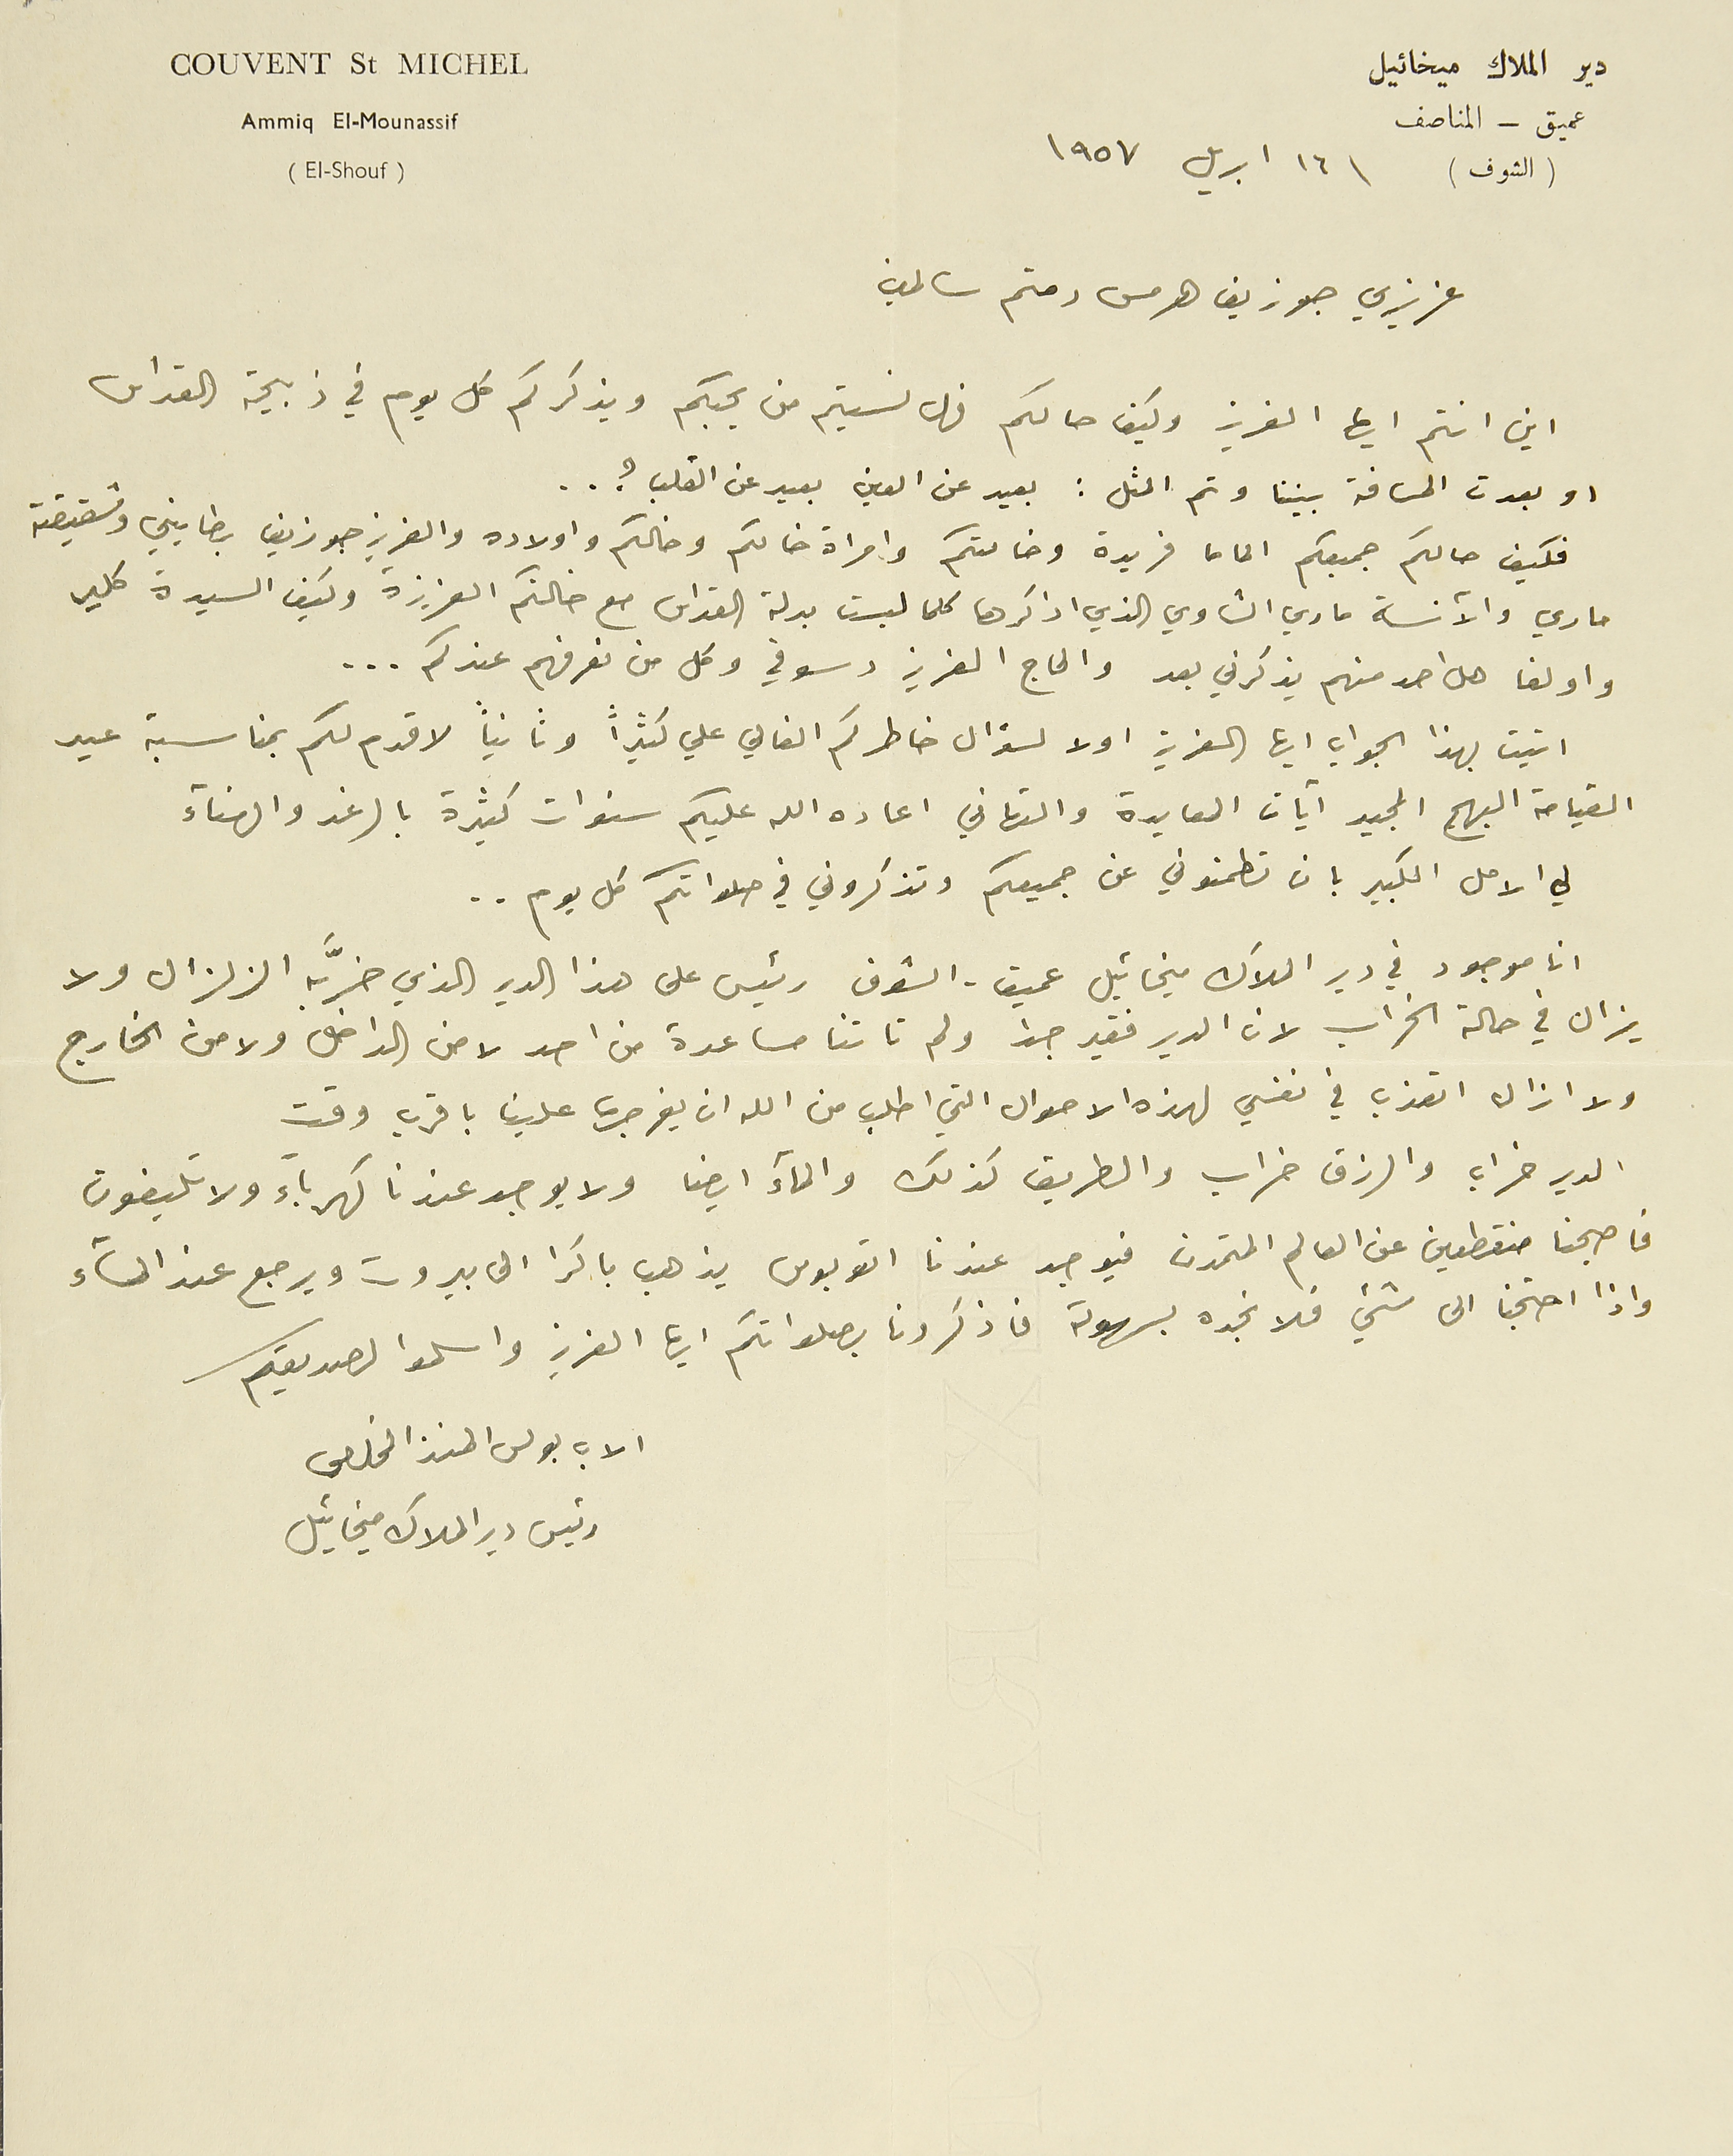
دير الملاك ميخائيل
 Couvent St Michel
 Ammiq El-Mounassif
عمي
ق - المناصف
(الشوف)  ١٦ ابريل ١٩٥٧
                                    (El-Shouf)
عزيزي جوزيف هرمس دمتم سالمين
اين انتم ايها العزيز وكيف حالكم فهل نسيتم من يحبكم ويذكركم كل يوم في ذبيحة القداس
او بعدت المسافة بيننا وتم المثل: بعيد عن العين بعيد عن القلب ؟ ..
فكيف حالكم جميعكم الماما فريدة وخالتكم وامراة خالكم وخالكم واولاده والعزيز جوزيف بطايني وشقيقتة
ماري والآنسة ماري الشاوي الذي اذكرها كلما لبست بدلة القداس مع خالتكم العزيزة وكيف السيدة كلير
واولغا هل احد منهم يذكرني بعد والحاج العزيز دسوقي وكل من نعرفهم عندكم ...
اتيت بهذا الجواب ايها العزيز اولا لسؤال خاطركم الغالي علي كثيراً وثانياً لاقدم لكم بمناسبة عيد
القيامة البهيج المجيد آيات المعايدة والتهاني اعاده الله عليكم سنوات كثيرة بالرغد والهناء
لي الامل الكبير بان تطمنوني عن جميعكم وتذكروني في صلواتكم كل يوم..
انا موجود في دير الملاك ميخائيل عميق-الشوف رئيس على هذا الدير الذي خرَّبه الزلزال ولا
يزال في حالة الخراب لان الدير فقير جداً ولم تاتنا مساعدة من احد لا من الداخل ولا من الخارج
 ولا ازال اتعذب في نفسي لهذه الاحوال التي اطلب من الله ان يفرجها علينا باقرب وقت
الدير خراب والرزق خراب والطريق كذلك والماء ايضا ولا يوجد عندنا كهرباء ولا تليفون
فاصبحنا منقطعين عن العالم المتمدن فيوجد عندنا اتوبوس يذهب باكرا الى بيروت ويرجع عند المساء
واذا احتجنا الى شيء فلا نجده بسهوله فاذكرونا بصلواتكم ايها العزيز واسلموا لصديقكم
الاب بولس المنذر المخلصي
 رئيس دير الملاك ميخائيل